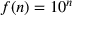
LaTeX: f ( n ) = 1 0 ^ { n }